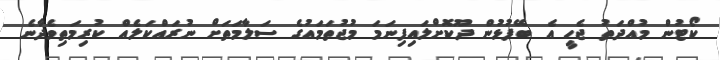
ކޯޓުން މުއްދަތު ޖެހީ އެ ބޭފުޅުން ދޫކޮށްލައިފިނަމަ މުޖުތަމައުގެ ސަލާމަތަށް ނުރައްކަލެއް ކުރިމަތިވެދާނެ